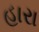
હારા